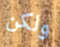
ولكن